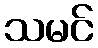
သမင်